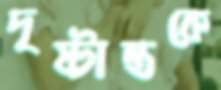
দৃষ্টান্তকে